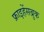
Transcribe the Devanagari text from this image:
फ्राइहेंसब्रुक